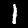
Label: 1